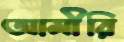
আমীরি